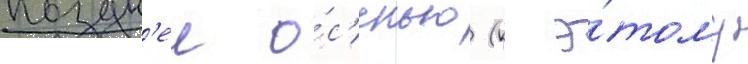
поздн'еи о́с'енью (к э́тому